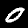
Label: 0